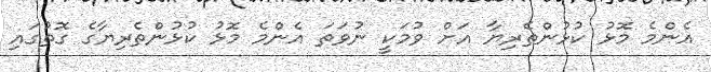
އެންމެ މޮޅު ކުޅުންތެރިޔާ އަށް ވުމަކީ ނުވަތަ އެންމެ މޮޅު ކުޅުންތެރިޔާގެ ގޮތުގައި